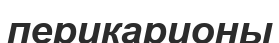
перикарионы